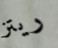
ريتز